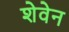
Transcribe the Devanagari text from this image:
शेवेन